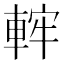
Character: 𨌚